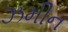
ઝમીન